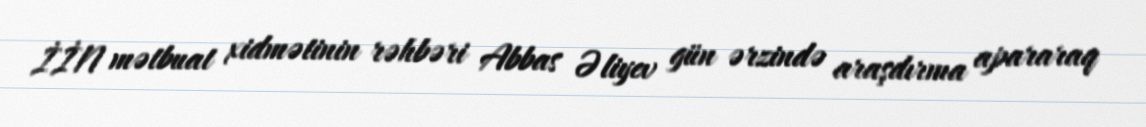
İİN mətbuat xidmətinin rəhbəri Abbas Əliyev gün ərzində araşdırma apararaq